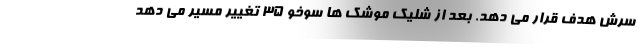
سرش هدف قرار می دهد. بعد از شلیک موشک ها سوخو ۳۵ تغییر مسیر می دهد